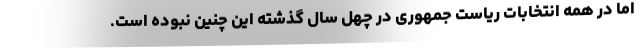
اما در همه انتخابات ریاست جمهوری در چهل سال گذشته این چنین نبوده است.